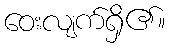
ဝေးလျက်ရှိ၏။